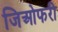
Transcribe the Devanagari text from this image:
जिओफरी